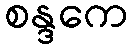
စန္ဒကေ